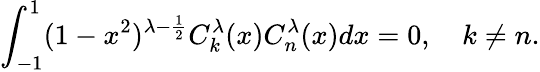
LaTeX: \int_{-1}^{1}(1-x^{2})^{\lambda-\frac{1}{2}}C_{k}^{\lambda}(x)C_{n}^{\lambda}(x)dx=0,\quad k\neq n.